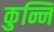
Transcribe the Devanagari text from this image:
कुन्नि